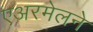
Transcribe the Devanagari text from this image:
एअरमेलने